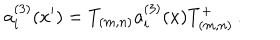
a _ { i } ^ { ( 3 ) } ( x { ' } ) = T _ { ( m , n ) } a _ { i } ^ { ( 3 ) } ( x ) T _ { ( m , n ) } ^ { + } \, .